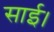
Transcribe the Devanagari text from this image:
साई।